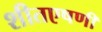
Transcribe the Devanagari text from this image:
शीतएषणी